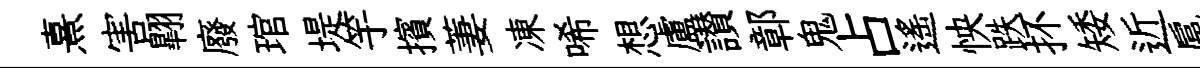
熹害翺廢琯堤竽擯萋凍唏想盧讃鄣鬼占遥怏跌抔矮近扈